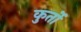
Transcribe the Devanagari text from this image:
कुर्तो